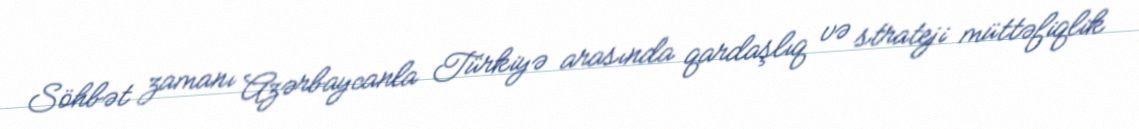
Söhbət zamanı Azərbaycanla Türkiyə arasında qardaşlıq və strateji müttəfiqlik